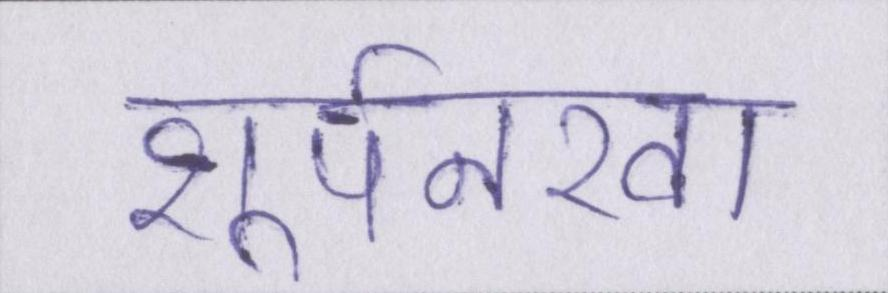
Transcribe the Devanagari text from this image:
शूर्पनखा